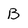
Character: B